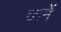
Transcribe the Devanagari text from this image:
छानें